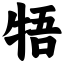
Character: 牾